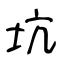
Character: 坑